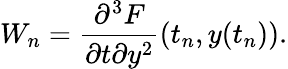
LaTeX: W_{n}=\frac{\partial^{3}F}{\partial t\partial y^{2}}(t_{n},y(t_{n})).